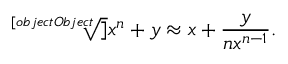
{ \sqrt [ [object Object] ] { x ^ { n } + y } } \approx x + { \frac { y } { n x ^ { n - 1 } } } .